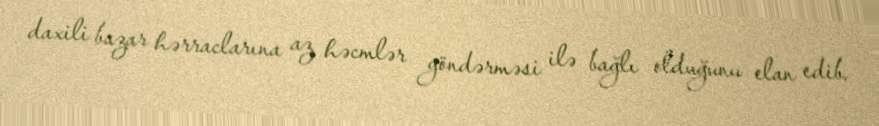
daxili bazar hərraclarına az həcmlər göndərməsi ilə bağlı olduğunu elan edib.